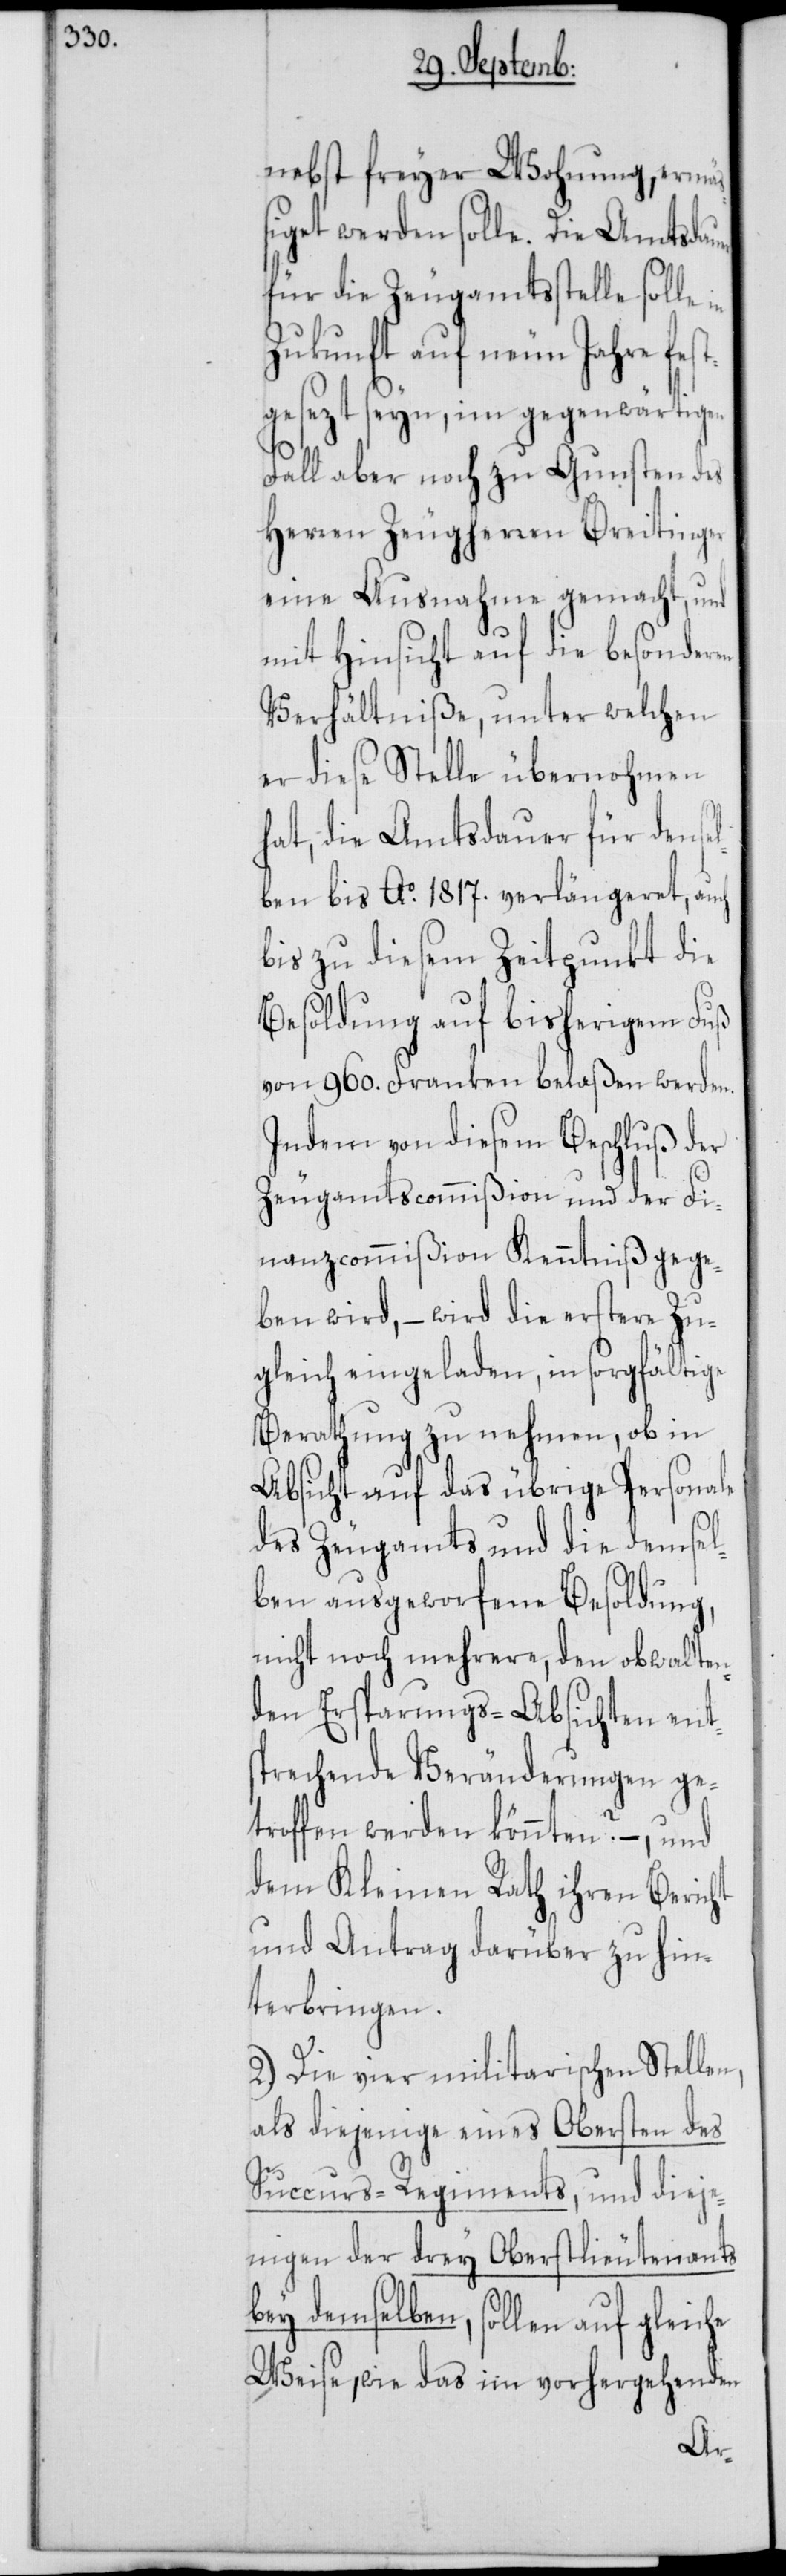
nebst freyer Wohnung, ermä¬
ßiget werden solle. Die Amtsdauer
für die Zeugamtsstelle solle
Zukunft auf neun Jahre fes¬
tgesezt seyn, im gegenwärtigen
Fall aber noch zu Gunsten des
Herren Zeugherren Breitinger
eine Ausnahme gemacht, und
mit Hinsicht auf die besonderen
Verhältniße, unter welchen
er diese Stelle übernohmen
hat, die Amtsdauer für dense¬
lben bis Ao. 1817. verlängeret, auch
bis zu diesem Zeitpunkt die
Besoldung auf bisherigem Fuß
von 960. Franken belaßen werden.
Indem von diesem Beschluß der
Zeugamtscommißion und der Fi¬
nanzcommißion Kenntniß gege¬
ben wird, – wird die erstere Zu¬
gleich eingeladen, in sorgfältige
Berathung zu nehmen, ob in
Absicht auf das übrige Personale
des Zeugamts und die demsel¬
ben ausgeworfene Besoldung,
nicht noch mehrere, den obwalten¬
den Ersparungs-Absichten ent¬
sprechende Veränderungen ge¬
troffen werden könnten? –, und
dem Kleinen Rath ihren Bericht
und Antrag darüber zu hin¬
terbringen.
2.) Die vier militarischen Stellen,
als diejenige eines Obersten des
Succurs-Regiments, und dieje¬
nigen der drey Oberstlieutenants
bey demselben, sollen auf gleiche
Weise, wie das im vorhergehenden